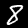
Digit: 8